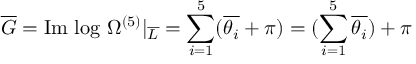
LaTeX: \overline { { { G } } } = \mathrm { I m ~ l o g ~ } \Omega ^ { ( 5 ) } | _ { \overline { { { L } } } } = \sum _ { i = 1 } ^ { 5 } ( \overline { { { \theta _ { i } } } } + \pi ) = ( \sum _ { i = 1 } ^ { 5 } \overline { { { \theta _ { i } } } } ) + \pi